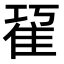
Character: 𨾢